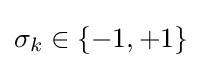
\sigma _{k}\in \{-1,+1\}